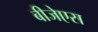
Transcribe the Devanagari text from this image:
बीजेएस